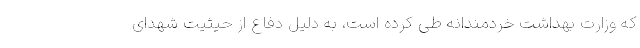
که وزارت بهداشت خردمندانه طی کرده است، به دلیل دفاع از حیثیت شهدای